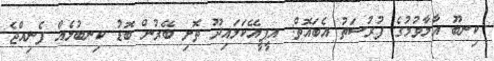
ކިނބޫ އާލާވުމުގެ ފުރުސަތު އެބައޮތް: އީޕީއޭކަލައިދޫ ތޮށި ބޭރުން ބޮޑު ކިނބުލެއް ފެނިއްޖެ